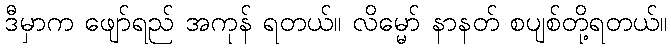
ဒီမှာက ဖျော်ရည် အကုန် ရတယ်။ လိမ္မော် နာနတ် စပျစ်တို့ရတယ်။